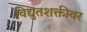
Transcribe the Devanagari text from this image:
विद्युतशक्तीवर